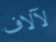
لآلاف